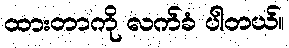
ထားတာကို လက်ခံ ပါတယ်။